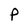
Character: P